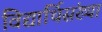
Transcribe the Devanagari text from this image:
विद्यार्थिसंख्या